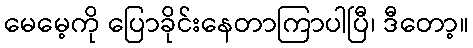
မေမေ့ကို ပြောခိုင်းနေတာကြာပါပြီ၊ ဒီတော့။